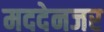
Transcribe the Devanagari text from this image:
मददेनजर